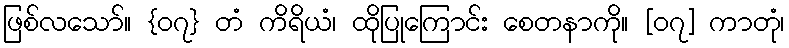
ဖြစ်လသော်။ {၀၇} တံ ကိရိယံ၊ ထိုပြုကြောင်း စေတနာကို။ [၀၇] ကာတုံ၊